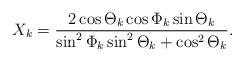
LaTeX: \begin{align*} X_k=\frac{2\cos\Theta_k \cos \Phi_k \sin \Theta_k}{\sin^2\Phi_k\sin^2\Theta_k+\cos^2 \Theta_k}.\end{align*}